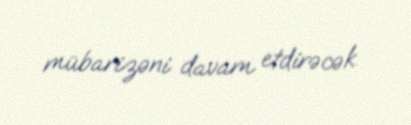
mübarizəni davam etdirəcək.